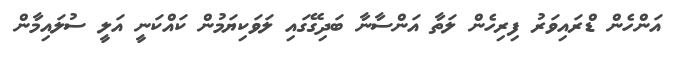
އަންހެން ޑްރައިވަރު ފިރިހެން ލަތާ އަންސާނާ ބަދިގޭގައި ލަވަކިޔަމުން ކައްކަނީ އަލީ ސުލައިމާން